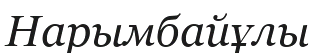
Нарымбайұлы